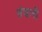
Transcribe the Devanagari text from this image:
संचानी